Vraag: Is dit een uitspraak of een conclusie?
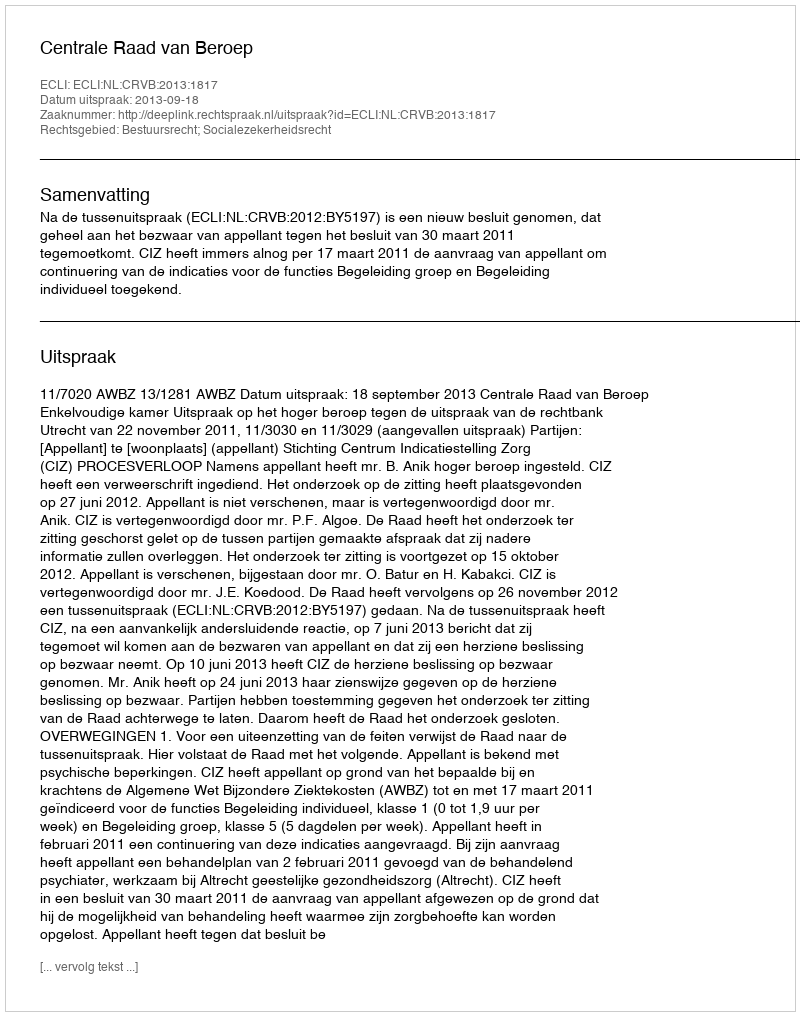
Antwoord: Uitspraak